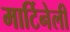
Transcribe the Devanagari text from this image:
मार्टिनेली